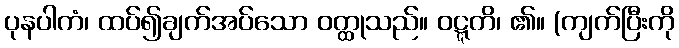
ပုနပါကံ၊ ထပ်၍ချက်အပ်သော ဝတ္ထုသည်။ ဝဋ္ဋတိ၊ ၏။ (ကျက်ပြီးကို